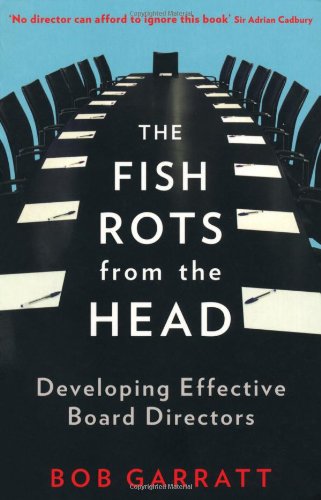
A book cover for The Fish Rots from the Head: The Crisis in Our Boardrooms: Developing the Crucial Skills of the Competent Director; Bob Garratt; Business & Money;